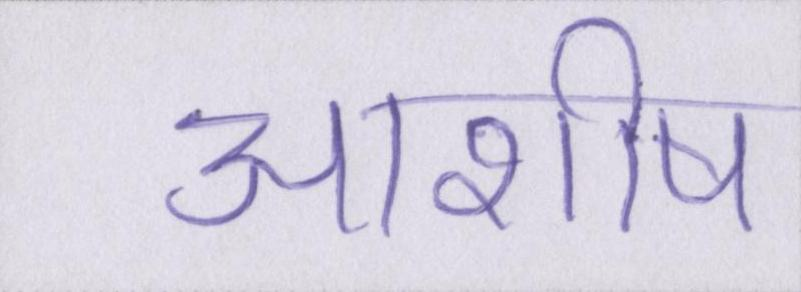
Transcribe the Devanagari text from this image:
आशीष